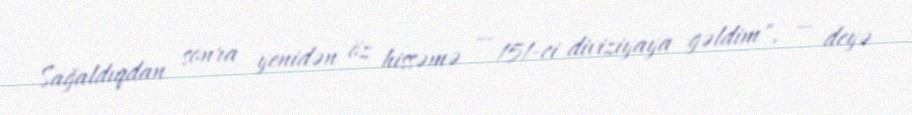
Sağaldıqdan sonra yenidən öz hissəmə — 151-ci diviziyaya gəldim", — deyə